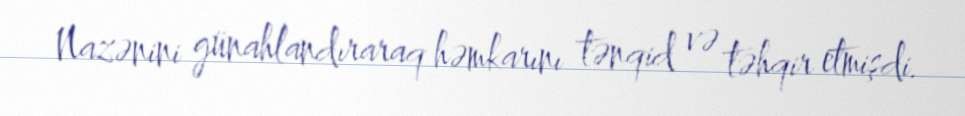
Nazənini günahlandıraraq həmkarını tənqid və təhqir etmişdi.